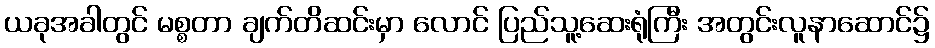
ယခုအခါတွင် မစ္စတာ ချက်တိဆင်းမှာ လောင် ပြည်သူ့ဆေးရုံကြီး အတွင်းလူနာဆောင်၌